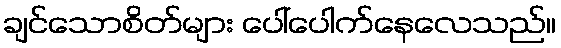
ချင်သောစိတ်များ ပေါ်ပေါက်နေလေသည်။